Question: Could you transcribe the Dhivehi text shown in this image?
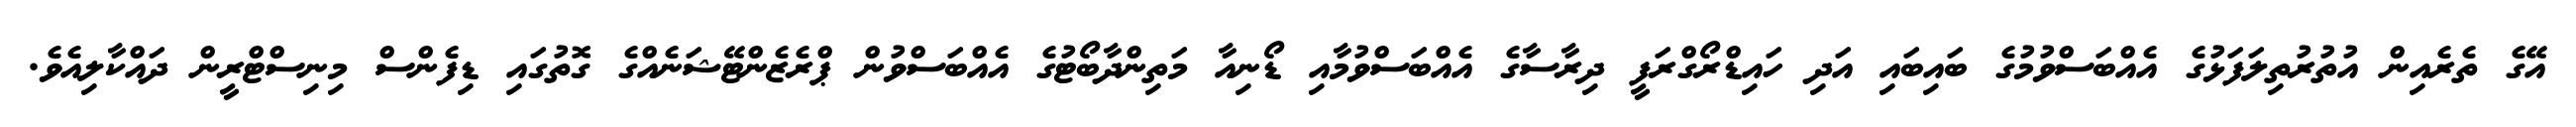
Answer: އޭގެ ތެރެއިން އުތުރުތިލަފަޅުގެ އެއްބަސްވުމުގެ ބައިބައި އަދި ހައިޑްރޯގްރަފީ ދިރާސާގެ އެއްބަސްވުމާއި ޑޯނިއާ މަތިންދާބޯޓުގެ އެއްބަސްވުން ޕްރެޒެންޓޭޝަނެއްގެ ގޮތުގައި ޑިފެންސް މިނިސްޓްރީން ދައްކާލިއެވެ.